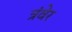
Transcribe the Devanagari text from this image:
त्रंवेर